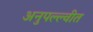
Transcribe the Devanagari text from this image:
अनुपल्ल्वीत